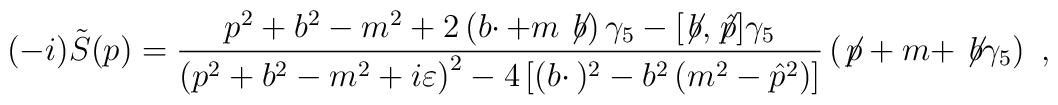
(-i)\tilde S(p)={p^2+ b^2-m^2+2\left(b\cdotp+m \not\!b\right)\gamma_5 -  [\not\!b, \not\!{\hat p}]\gamma_5\over\left(p^2+b^2-m^2+i\varepsilon\right)^2-4\left[(b\cdotp)^2- b^2\left(m^2 -\hat p^2\right)\right]}\left( \not\!p+m+\not\!b\gamma_5\right)\ ,